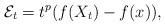
LaTeX: \begin{align*}\mathcal{E}_t = t^p(f(X_t) - f(x)),\end{align*}